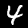
Label: 4